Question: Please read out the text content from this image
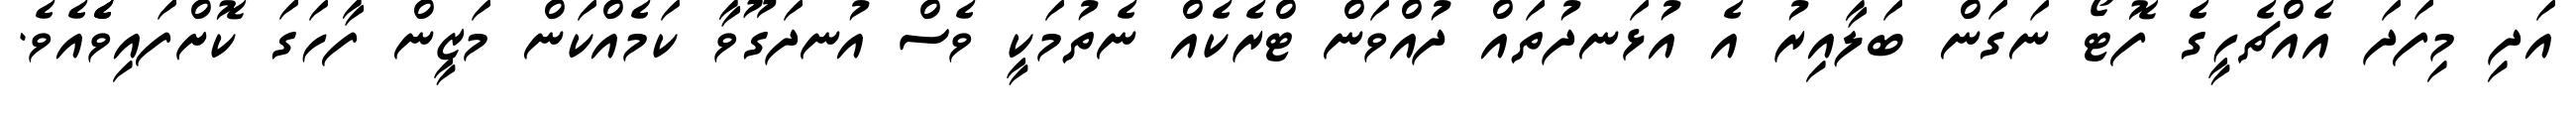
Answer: އަދި މިފަދަ އެއްޗެހީގެ ފޮޓޯ ނަގަން ބަލާއިރު އެ އުޅަނދުތައް ދުއްވަން ޓްރެކެއް ނެތުމަކީ ވެސް އުނދަގޫވާ ކަމެއްކަން މަޒީން ފާހަގަ ކޮށްފައިވެެެއެވެ.